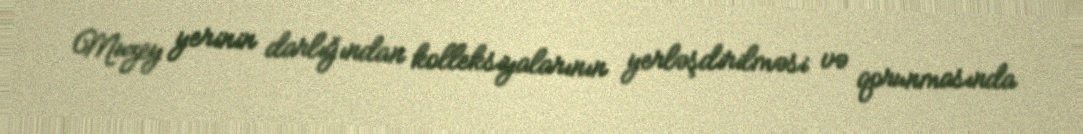
Muzey yerinin darlığından kolleksiyalarının yerləşdirilməsi və qorunmasında